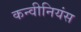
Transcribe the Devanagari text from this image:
कन्वीनियंस